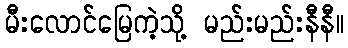
မီးလောင်မြေကဲ့သို့ မည်းမည်းနီနီ။